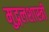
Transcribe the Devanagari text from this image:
मुद्गलशास्त्री